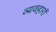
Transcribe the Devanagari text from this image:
व्यवहाराें